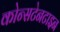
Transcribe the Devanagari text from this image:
कोन्सटेनटाइन